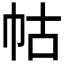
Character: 𭘖